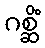
ဂစ္ဆိံ